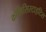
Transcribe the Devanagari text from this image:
कोलिसिस्टाइटिस